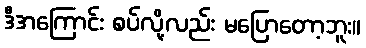
ဒီအကြောင်း စပ်လို့လည်း မပြောတော့ဘူး။